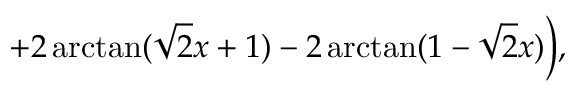
+ 2 \arctan ( \sqrt { 2 } x + 1 ) - 2 \arctan ( 1 - \sqrt { 2 } x ) \biggr ) ,